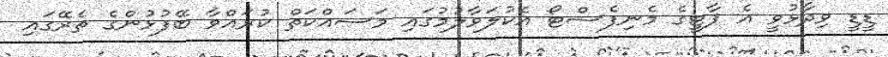
ޑީޑީ ވިދާޅުވީ އެ ޕާޓީގެ މެނިފެސްޓޯ އެކުލަވާލުމުގައި މަސައްކަތް ކުރައްވާ ބޭފުޅުންގެ ތެރޭގައި